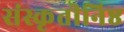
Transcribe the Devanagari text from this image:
संस्कृतीनिष्ठ